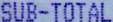
SUB-TOTAL